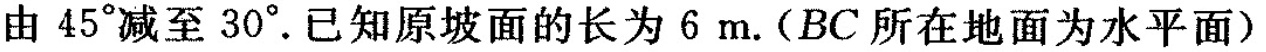
由45°减至30°。已知原坡面的长为6m。(BC所在地面为水平面)